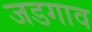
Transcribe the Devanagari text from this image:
जडगाव